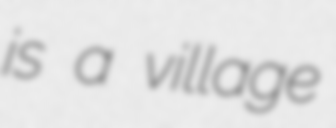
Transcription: is a village